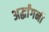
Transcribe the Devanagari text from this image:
अर्द्धांगनी